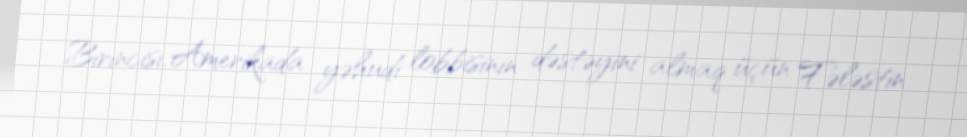
Birincisi, Amerikada yəhudi lobbisinin dəstəyini almaq üçün Fələstin